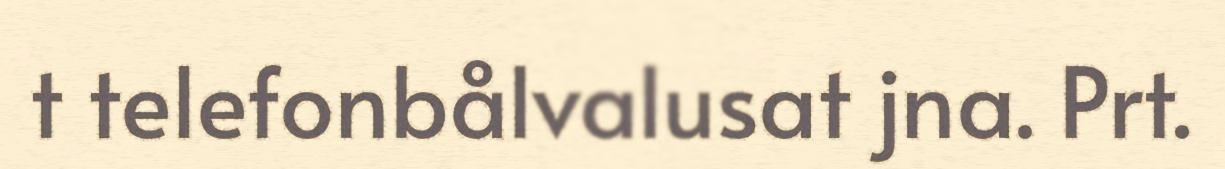
t telefonbålvalusat jna. Prt.